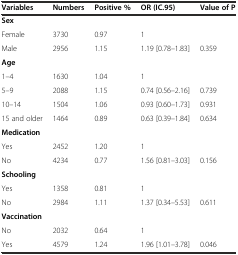
<table><thead><tr><td><b>Variables</b></td><td><b>Numbers</b></td><td><b>Positive %</b></td><td><b>OR (IC.95)</b></td><td><b>Value of P</b></td></tr></thead><tbody><tr><td><b>Sex</b></td><td></td><td></td><td></td><td></td></tr><tr><td>Female</td><td>3730</td><td>0.97</td><td>1</td><td></td></tr><tr><td>Male</td><td>2956</td><td>1.15</td><td>1.19 [0.78–1.83]</td><td>0.359</td></tr><tr><td><b>Age</b></td><td></td><td></td><td></td><td></td></tr><tr><td>1–4</td><td>1630</td><td>1.04</td><td>1</td><td></td></tr><tr><td>5–9</td><td>2088</td><td>1.15</td><td>0.74 [0.56–2.16]</td><td>0.739</td></tr><tr><td>10–14</td><td>1504</td><td>1.06</td><td>0.93 [0.60–1.73]</td><td>0.931</td></tr><tr><td>15 and older</td><td>1464</td><td>0.89</td><td>0.63 [0.39–1.84]</td><td>0.634</td></tr><tr><td><b>Medication</b></td><td></td><td></td><td></td><td></td></tr><tr><td>Yes</td><td>2452</td><td>1.20</td><td>1</td><td></td></tr><tr><td>No</td><td>4234</td><td>0.77</td><td>1.56 [0.81–3.03]</td><td>0.156</td></tr><tr><td><b>Schooling</b></td><td></td><td></td><td></td><td></td></tr><tr><td>Yes</td><td>1358</td><td>0.81</td><td>1</td><td></td></tr><tr><td>No</td><td>2984</td><td>1.11</td><td>1.37 [0.34–5.53]</td><td>0.611</td></tr><tr><td><b>Vaccination</b></td><td></td><td></td><td></td><td></td></tr><tr><td>No</td><td>2032</td><td>0.64</td><td>1</td><td></td></tr><tr><td>Yes</td><td>4579</td><td>1.24</td><td>1.96 [1.01–3.78]</td><td>0.046</td></tr></tbody></table>